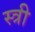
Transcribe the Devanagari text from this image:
स्त्री